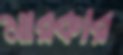
মারকার